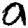
Digit: 0